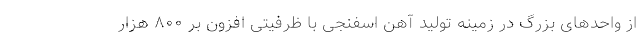
از واحدهای بزرگ در زمینه تولید آهن اسفنجی با ظرفیتی افزون بر ۸۰۰ هزار